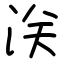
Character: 浂